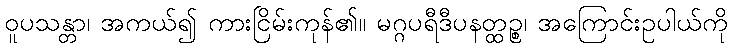
ဝူပသန္တာ၊ အကယ်၍ ကားငြိမ်းကုန်၏။ မဂ္ဂပရီဒီပနတ္ထဉ္စ၊ အကြောင်းဥပါယ်ကို